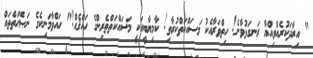
" އިރާދަކުރެއްވިއްޔާ ރަނގަޅުވާނެ! ހިތްވަރާއެކު މަސައްކަތްކުރާތި! ކާމިޔާބީއަކީ މަސައްކަތްތެރިންގެ ހައްޤެއް!" ހައްވާމަނިކެގެ ނަޞޭޙަތްތައް